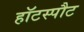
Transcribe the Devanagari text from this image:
हॉटस्‍पौट